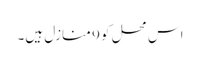
اس محل کو 9 منازل ہیں۔